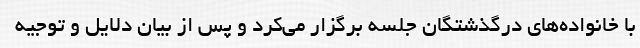
با خانواده‌های درگذشتگان جلسه برگزار می‌کرد و پس از بیان دلایل و توجیه